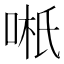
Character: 𱒿